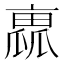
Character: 𠆁